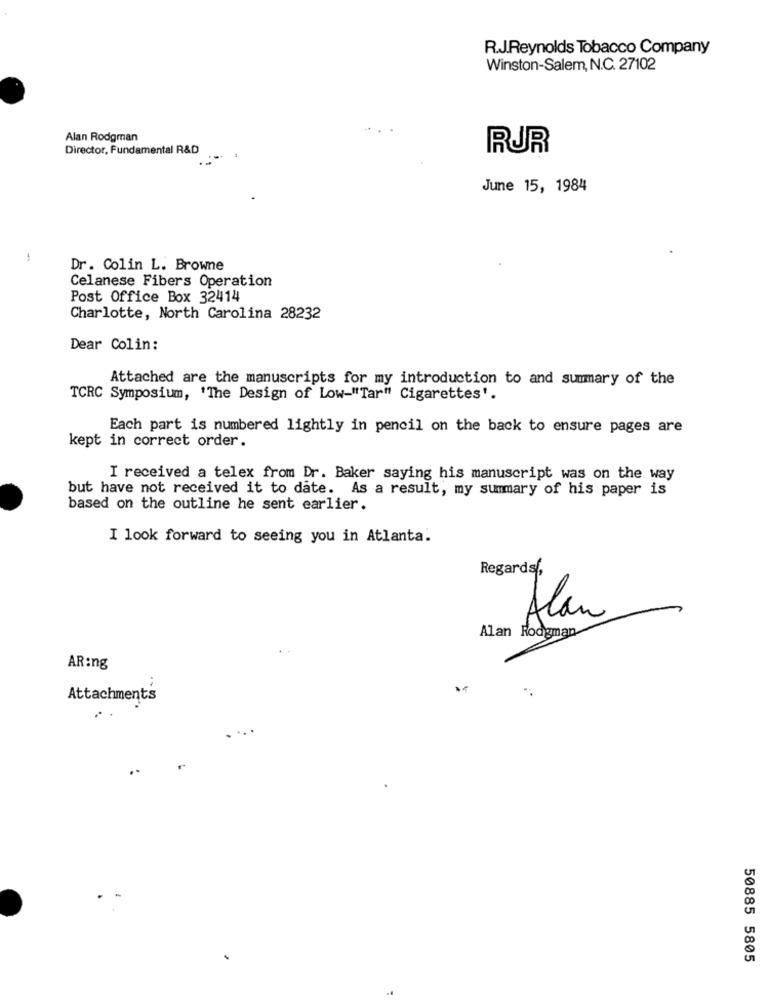
R.J.Reynolds Tobacco Company
Winston-Salem, N.C. 27102
Alan Rodgman
Director, Fundamental R&D
RUR
June 15, 1984
-
Dr. Colin L. Browne
Celanese Fibers Operation
Post Office Box 32414
Charlotte, North Carolina 28232
Dear Colin:
Attached are the manuscripts for my introduction to and summary of the
TCRC Symposium, 'The Design of Low-"Tar" Cigarettes'.
Each part is numbered lightly in pencil on the back to ensure pages are
kept in correct order.
I received a telex from Dr. Baker saying his manuscript was on the way
but have not received it to date. As a result, my summary of his paper is
based on the outline he sent earlier.
I look forward to seeing you in Atlanta.
Regards,
Alan
Alan Rodgman
AR:ng
Attachments
..
50885 5805